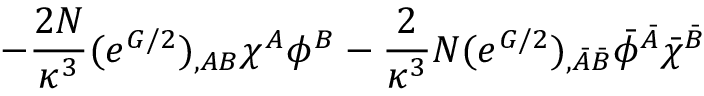
- \frac { 2 N } { \kappa ^ { 3 } } ( e ^ { G / 2 } ) _ { , A B } \chi ^ { A } \phi ^ { B } - \frac { 2 } { \kappa ^ { 3 } } N ( e ^ { G / 2 } ) _ { , \bar { A } \bar { B } } \bar { \phi } ^ { \bar { A } } \bar { \chi } ^ { \bar { B } }